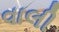
વાલી